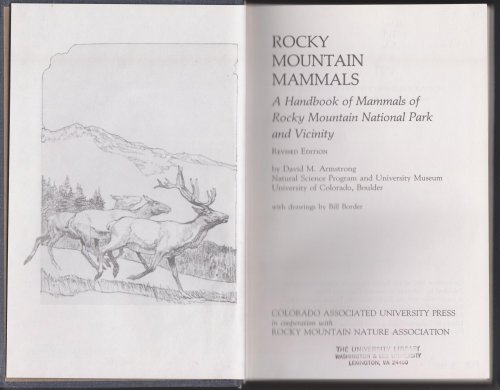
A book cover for Rocky Mountain Mammals: A handbook of mammals of Rocky Mountain National Park and vicinity; David Michael Armstrong; Sports & Outdoors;